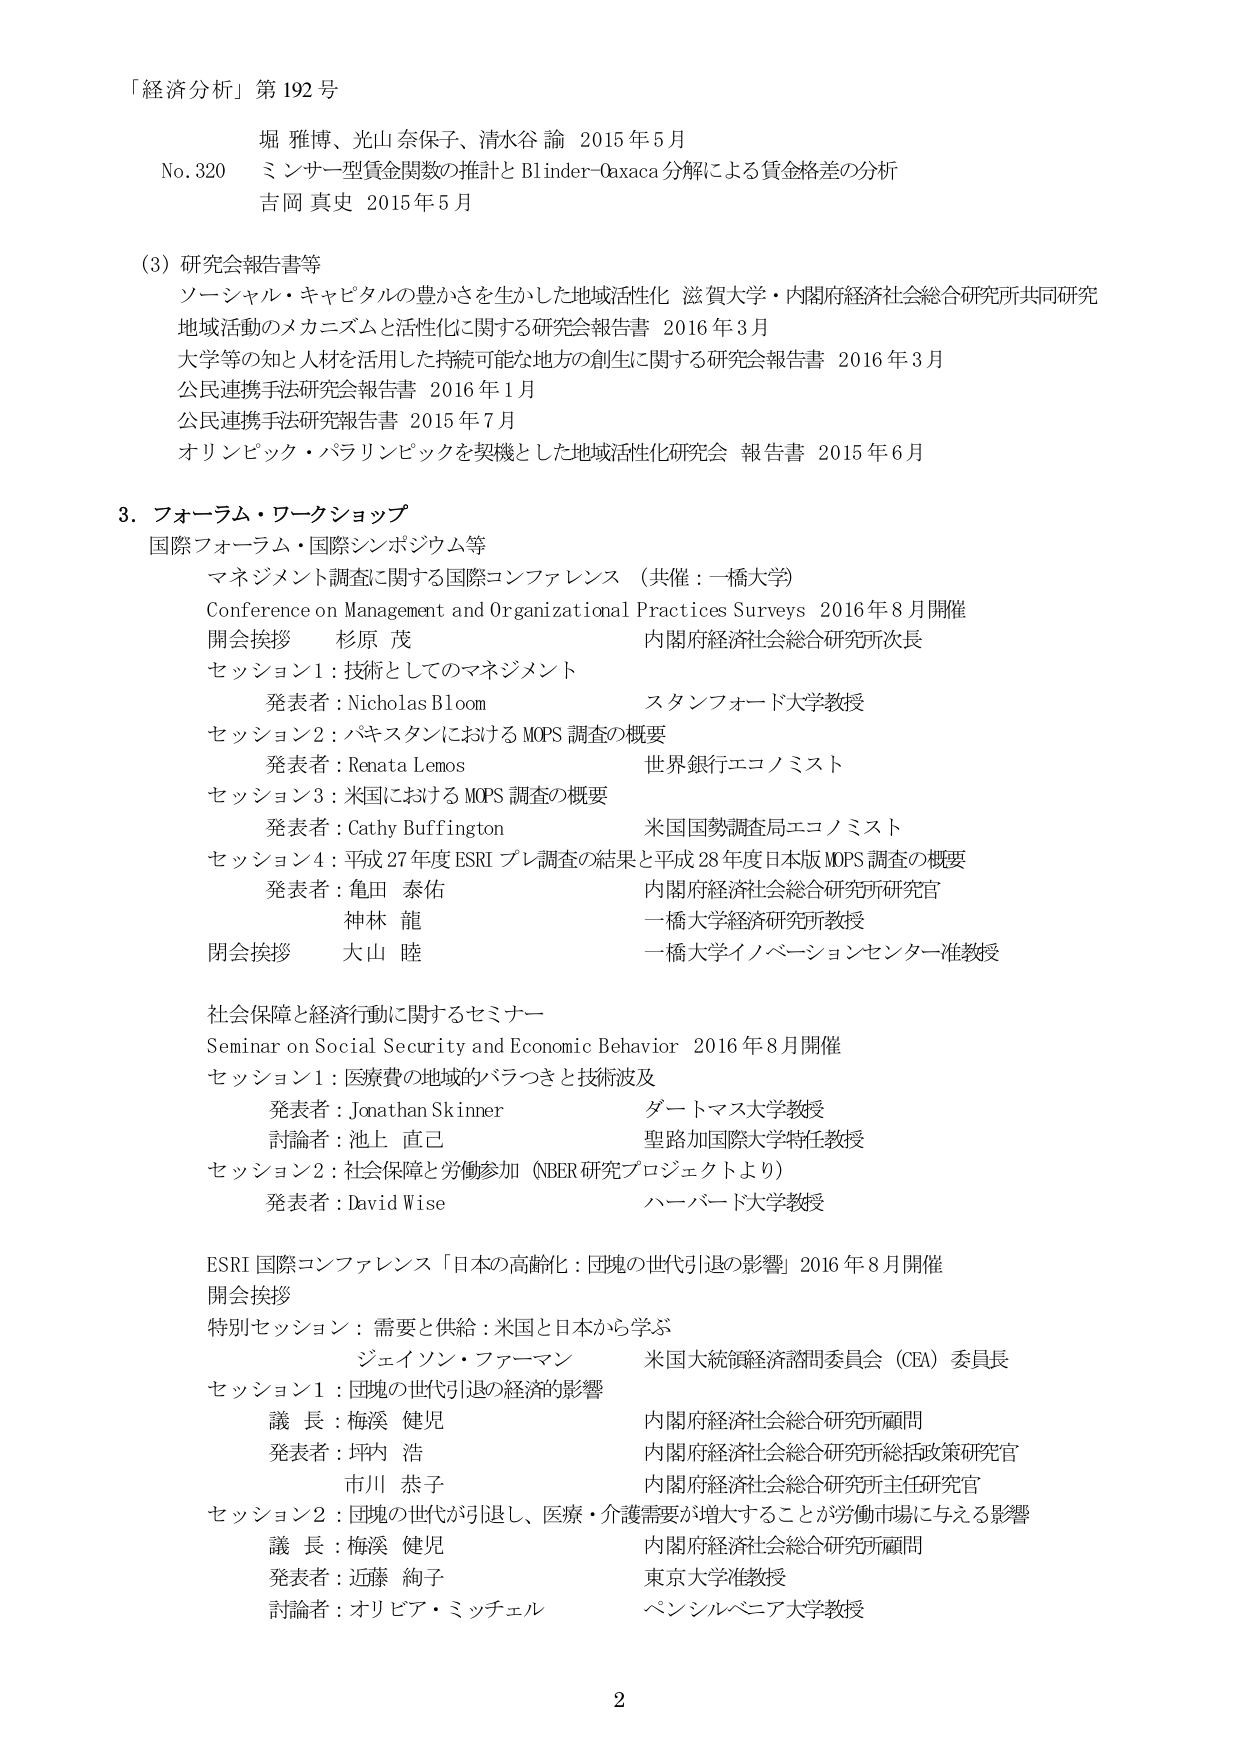
「経済分析」第192号

堀 雅博、光山 奈保子、清水谷 論 2015年5月
No.320 ミンサー型賃金関数の推計とBlinder-Oaxaca分解による賃金格差の分析
吉岡 真史 2015年5月

(3) 研究会報告書等
ソーシャル・キャピタルの豊かさを生かした地域活性化 滋賀大学・内閣府経済社会総合研究所共同研究
地域活動のメカニズムと活性化に関する研究会報告書 2016年3月
大学等の知と人材を活用した持続可能な地方の創生に関する研究会報告書 2016年3月
公民連携手法研究会報告書 2016年1月
公民連携手法研究報告書 2015年7月
オリンピック・パラリンピックを契機とした地域活性化研究会 報告書 2015年6月

3. フォーラム・ワークショップ
国際フォーラム・国際シンポジウム等
マネジメント調査に関する国際コンファレンス（共催：一橋大学）
Conference on Management and Organizational Practices Surveys 2016年8月開催
開会挨拶 杉原 茂 内閣府経済社会総合研究所次長
セッション1：技術としてのマネジメント
発表者：Nicholas Bloom スタンフォード大学教授
セッション2：パキスタンにおけるMOPS調査の概要
発表者：Renata Lemos 世界銀行エコノミスト
セッション3：米国におけるMOPS調査の概要
発表者：Cathy Buffington 米国国勢調査局エコノミスト
セッション4：平成27年度ESRIプレ調査の結果と平成28年度日本版MOPS調査の概要
発表者：亀田 泰佑 内閣府経済社会総合研究所研究官
神林 龍 一橋大学経済研究所教授
閉会挨拶 大山 睦 一橋大学イノベーションセンター准教授

社会保障と経済行動に関するセミナー
Seminar on Social Security and Economic Behavior 2016年8月開催
セッション1：医療費の地域的バラつきと技術波及
発表者：Jonathan Skinner ダートマス大学教授
討論者：池上 直己 聖路加国際大学特任教授
セッション2：社会保障と労働参加（NBER研究プロジェクトより）
発表者：David Wise ハーバード大学教授

ESRI 国際コンファレンス「日本の高齢化：団塊の世代引退の影響」2016年8月開催
開会挨拶
特別セッション：需要と供給：米国と日本から学ぶ
ジェイソン・ファーマン 米国大統領経済諮問委員会（CEA）委員長
セッション1：団塊の世代引退の経済的影響
議長：梅渕 健児 内閣府経済社会総合研究所顧問
発表者：坪内 浩 内閣府経済社会総合研究所総括政策研究官
市川 恭子 内閣府経済社会総合研究所主任研究官
セッション2：団塊の世代が引退し、医療・介護需要が増大することが労働市場に与える影響
議長：梅渕 健児 内閣府経済社会総合研究所顧問
発表者：近藤 絢子 東京大学准教授
討論者：オリビア・ミッチェル ペンシルベニア大学教授

2